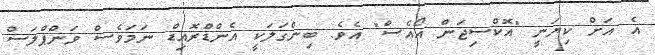
އެ އަށް ކިޔަނީ "އޮކްސިޖަން އޯއެސް" އެވެ. ބިންގަލަކީ އެންޑްރޮއިޑް ނަމަވެސް ވަންޕްލަސް